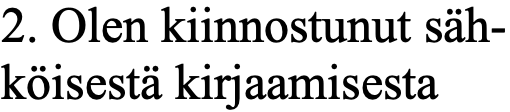
2. Olen kiinnostunut säh- köisestä kirjaamisesta